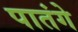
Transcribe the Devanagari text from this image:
पातंगे